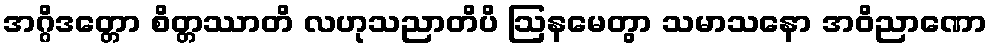
အဂ္ဂိဒတ္တော စိတ္တဿာတိ လဟုသညာတိပိ ဩနမေတွာ သမာသနော အဝိညာဏော